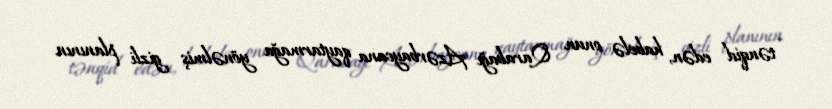
tənqid edən, habelə onun Qarabağı Azərbaycana qaytarmağa yönəlmiş gizli planının